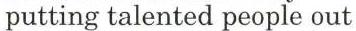
putting talented people out